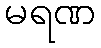
မရဏ